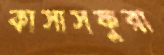
কাসাসফুরা